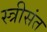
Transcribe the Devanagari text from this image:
स्त्रीसंत